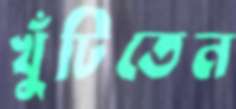
খুঁটিতেন